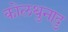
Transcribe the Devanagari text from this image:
कोलथुनादु